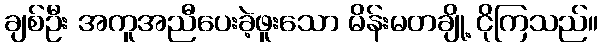
ချစ်ဦး အကူအညီပေးခဲ့ဖူးသော မိန်းမတချို့ ငိုကြသည်။